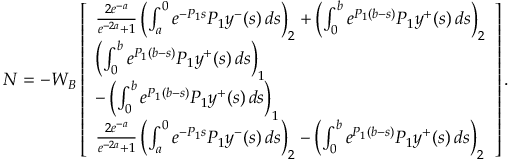
\begin{array} { r } { N = - W _ { B } \left[ \begin{array} { l } { \frac { 2 e ^ { - a } } { e ^ { - 2 a } + 1 } \left( \int _ { a } ^ { 0 } e ^ { - P _ { 1 } s } P _ { 1 } y ^ { - } ( s ) \, d s \right) _ { 2 } + \left( \int _ { 0 } ^ { b } e ^ { P _ { 1 } ( b - s ) } P _ { 1 } y ^ { + } ( s ) \, d s \right) _ { 2 } } \\ { \left( \int _ { 0 } ^ { b } e ^ { P _ { 1 } ( b - s ) } P _ { 1 } y ^ { + } ( s ) \, d s \right) _ { 1 } } \\ { - \left( \int _ { 0 } ^ { b } e ^ { P _ { 1 } ( b - s ) } P _ { 1 } y ^ { + } ( s ) \, d s \right) _ { 1 } } \\ { \frac { 2 e ^ { - a } } { e ^ { - 2 a } + 1 } \left( \int _ { a } ^ { 0 } e ^ { - P _ { 1 } s } P _ { 1 } y ^ { - } ( s ) \, d s \right) _ { 2 } - \left( \int _ { 0 } ^ { b } e ^ { P _ { 1 } ( b - s ) } P _ { 1 } y ^ { + } ( s ) \, d s \right) _ { 2 } } \end{array} \right] . } \end{array}